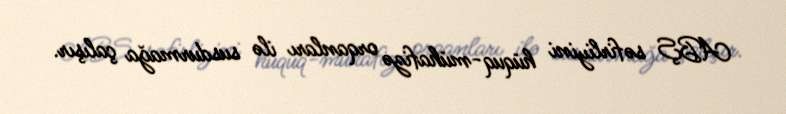
ABŞ səfirliyini hüquq-mühafizə orqanları ilə susdurmağa çalışır.